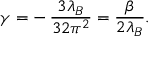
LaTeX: \gamma = - \, { \frac { 3 \lambda _ { B } } { 3 2 \pi ^ { 2 } } } = { \frac { \beta } { 2 \lambda _ { B } } } .